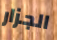
الجزار